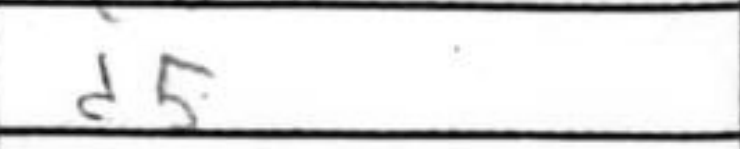
Transcription: d5